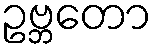
ဥဗ္ဘတော